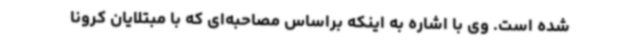
شده است. وی با اشاره به اینکه براساس مصاحبه‌ای که با مبتلایان کرونا